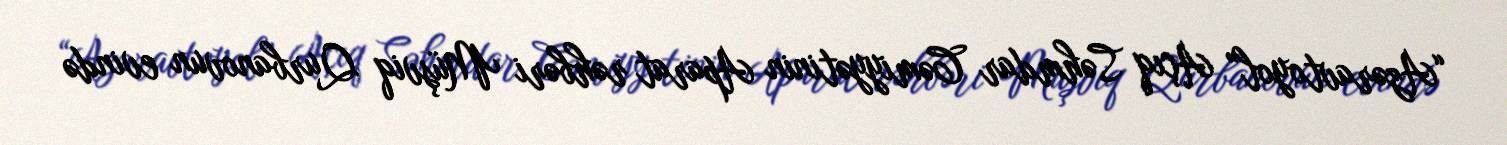
“Azəravtoyol” Açıq Səhmdar Cəmiyyətinin Aparat rəhbəri Müşviq Qurbanovun evində